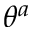
\theta ^ { a }